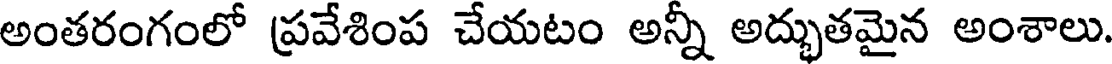
అంతరంగంలో ప్రవేశింప చేయటం అన్నీ అద్భుతమైన అంశాలు.